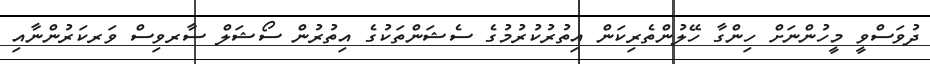
ދުވަސްވީ މީހުންނަށް ހިންގާ ހޭލުންތެރިކަން އިތުރުކުރުމުގެ ސެޝަންތަކުގެ އިތުރުން ސޯޝަލް ސާރވިސް ވަރކަރުންނާއި